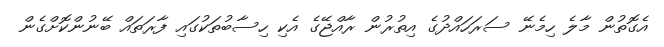
އެގޮތުން މާލެ ހިމެނޭ ސަރަހައްދުގެ އިތުރުން ރާއްޖޭގެ އެކި ހިސާބުތަކުގައި ފާރަތައް ބޭނުންކޮށްގެން